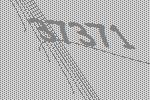
37371